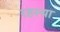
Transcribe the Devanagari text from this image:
रहस्या